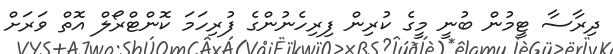
ދިރާސާ ޓީމުން ބުނީ މީގެ ކުރިން ފިރިހެނުންގެ ފުރިހަމަ ކޮންޓްރޯލް އޮތް ވަރަށް